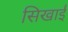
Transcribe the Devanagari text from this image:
सिखाईं